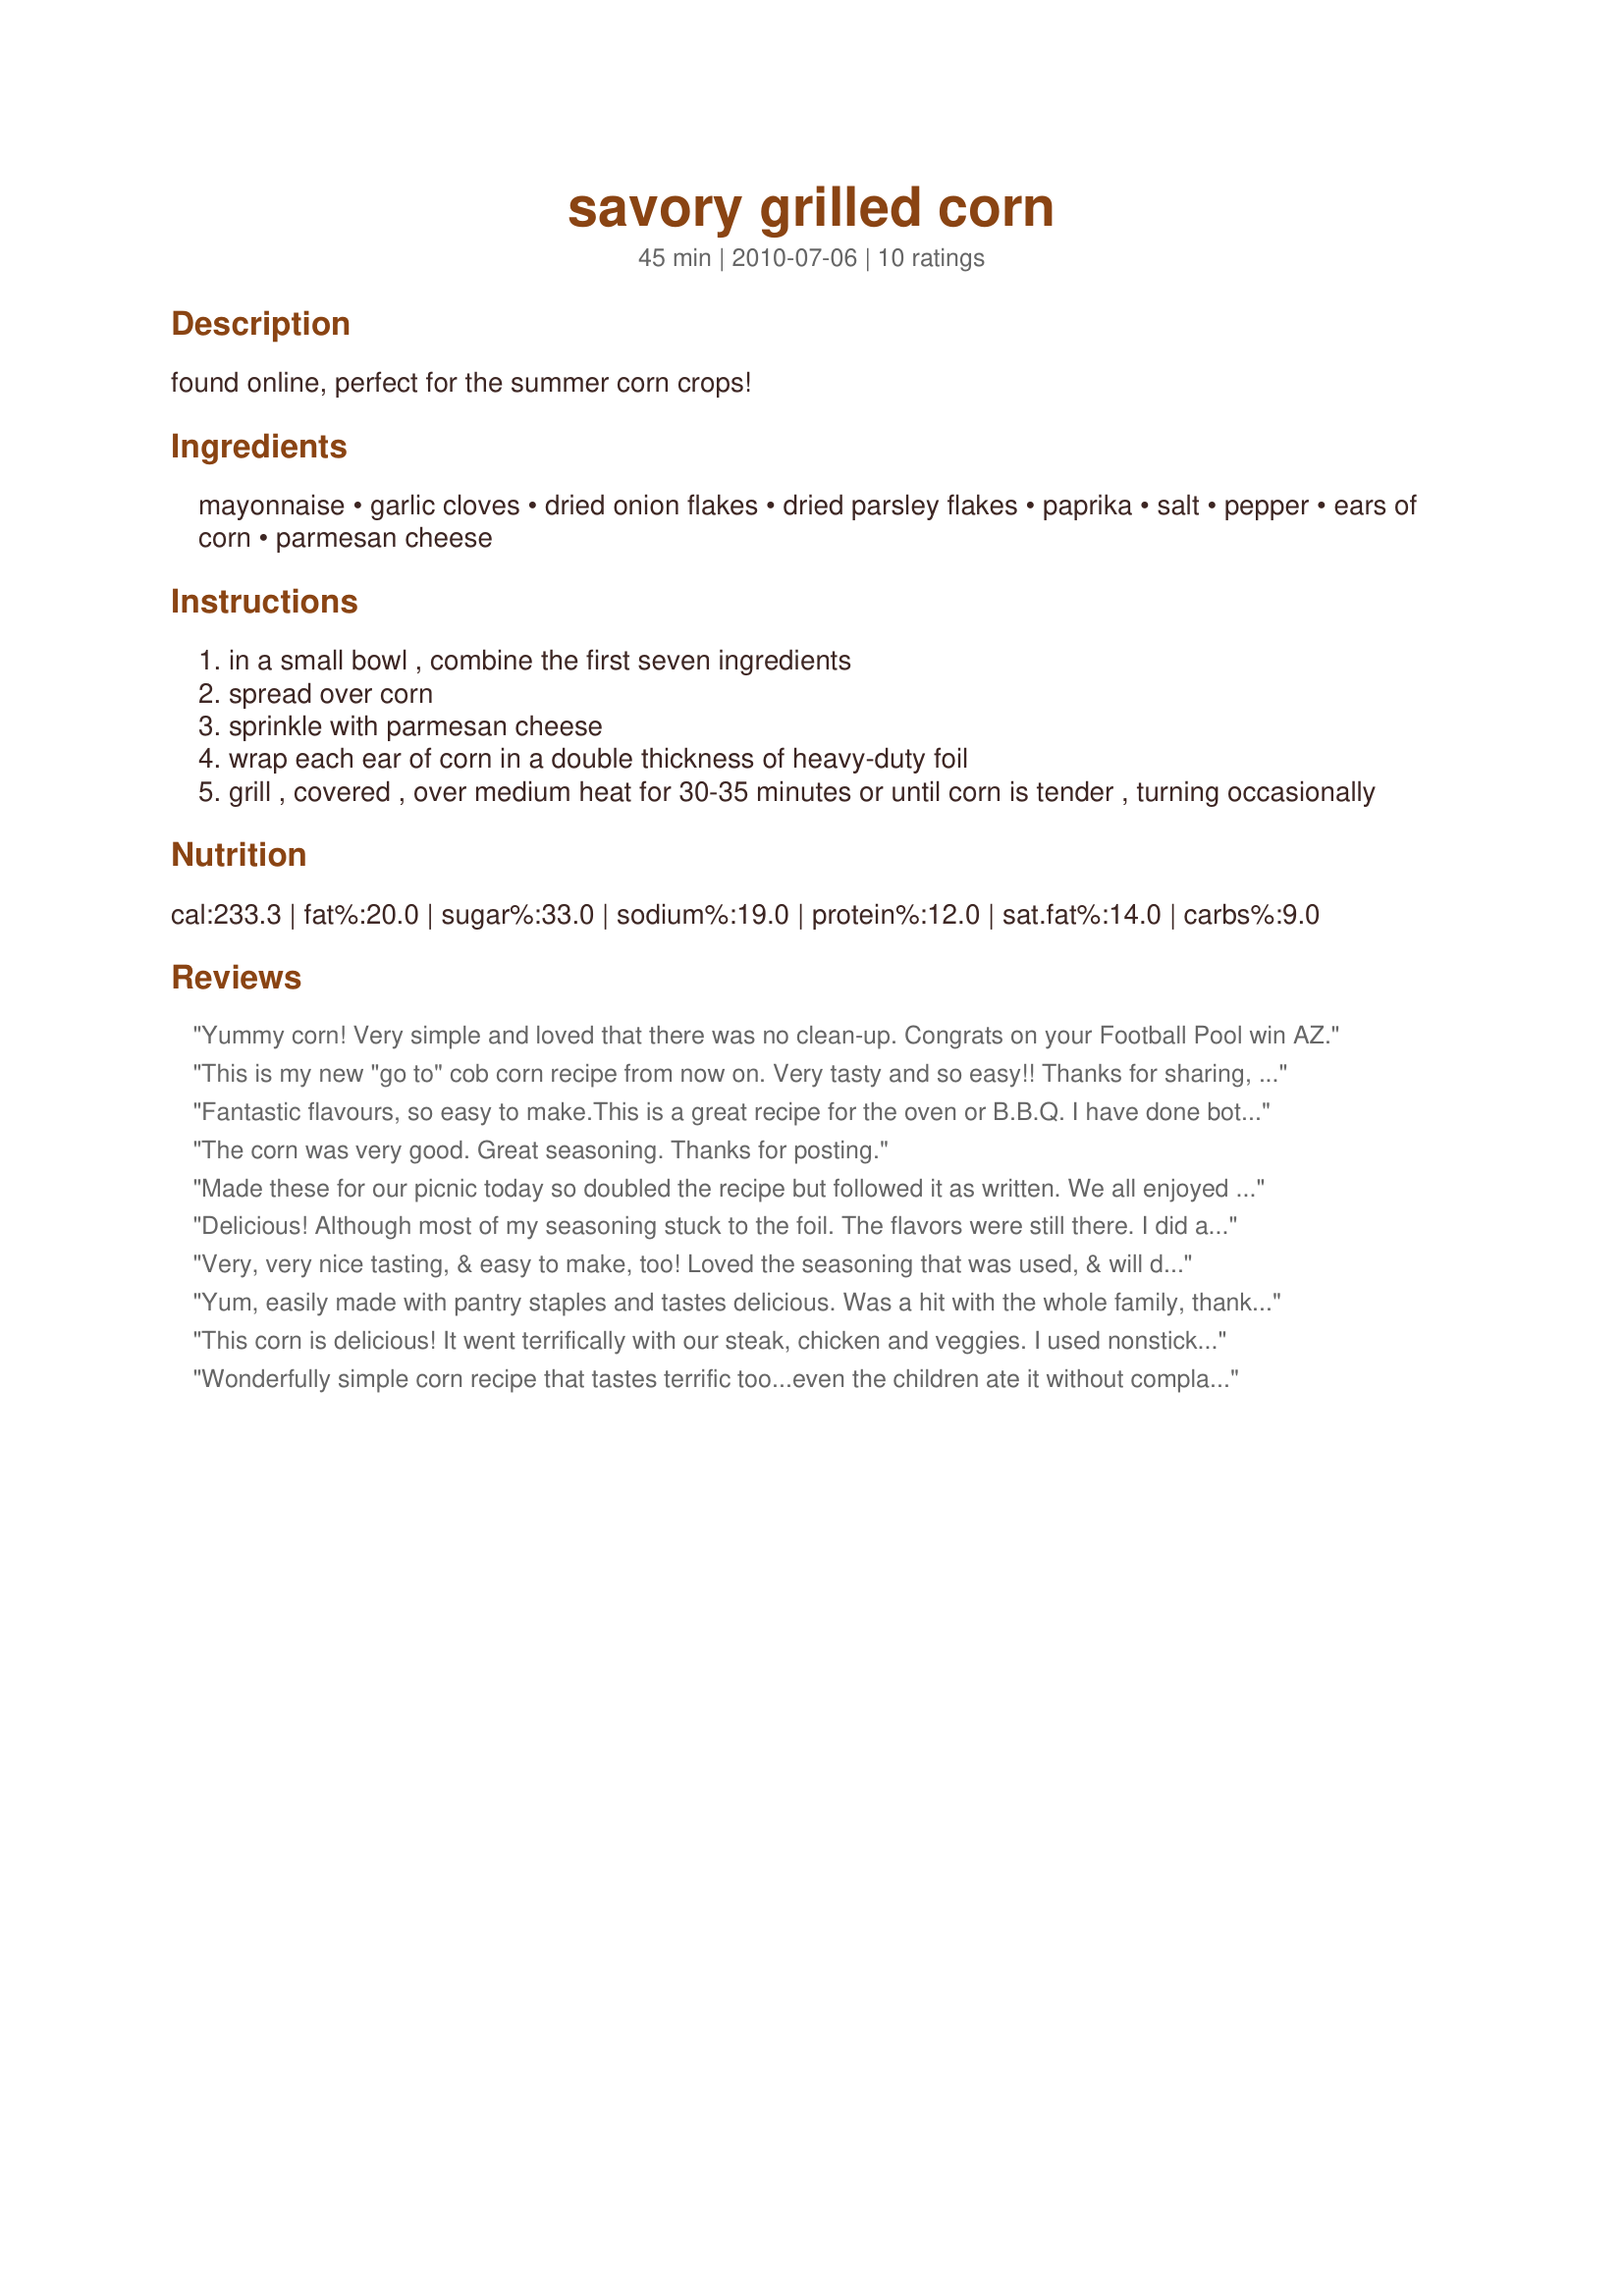
savory grilled corn
Preparation time: 45 minutes

found online, perfect for the summer corn crops!

Ingredients:
mayonnaise, garlic cloves, dried onion flakes, dried parsley flakes, paprika, salt, pepper, ears of corn, parmesan cheese

Steps:
in a small bowl , combine the first seven ingredients
spread over corn
sprinkle with parmesan cheese
wrap each ear of corn in a double thickness of heavy-duty foil
grill , covered , over medium heat for 30-35 minutes or until corn is tender , turning occasionally

Reviews:
Yummy corn! Very simple and loved that there was no clean-up. Congrats on your Football Pool win AZ.
This is my new "go to" cob corn recipe from now on. Very tasty and so easy!!
Thanks for sharing, I will be making this one over and over again.
Fantastic flavours, so easy to make.<br/>This is a great recipe for the oven or B.B.Q. I have done both.<br/>The family love corn and this easy to make recipe.<br/>Thanks AZPARZYCH ....fantastic recipe!
The corn was very good. Great seasoning. Thanks for posting.
Made these for our picnic today so doubled the recipe but followed it as written. We all enjoyed this.
Delicious! Although most of my seasoning stuck to the foil. The flavors were still there. I did add extra shredded Parmesan cheese after taking them off the grill. The cooking time was spot on. The corn was tender and hot. Thanks for posting. :)
Very, very nice tasting, & easy to make, too! Loved the seasoning that was used, & will definitely be making this corn recipe again! Thanks for sharing it! [Tagged & made in Please Review My Recipe]
Yum, easily made with pantry staples and tastes delicious. Was a hit with the whole family, thanks for posting!
This corn is delicious! It went terrifically with our steak, chicken and veggies. I used nonstick tinfoil, which was great because I kept all of the yummy goodness that may have gotten stuck to it! My family prefers corn off of the cob so I cut it off when it was done cooking and mixed everything together. Made for Zaar Stars. Thanks AZPARZYCH! :)
Wonderfully simple corn recipe that tastes terrific too...even the children ate it without complaint!!<br/>A great addition to our barbecue menu....cheers AZ.<br/>Made for Zaar Stars.
